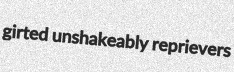
girted unshakeably reprievers